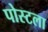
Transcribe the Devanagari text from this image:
पोस्टला